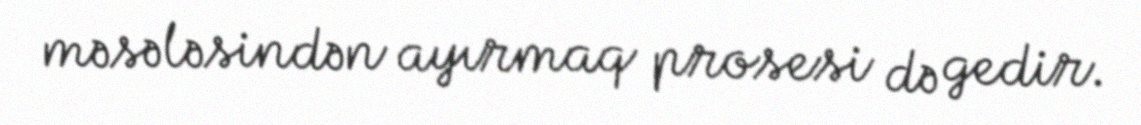
məsələsindən ayırmaq prosesi də gedir.